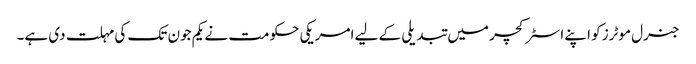
جنرل موٹرز کو اپنے اسٹرکچر میں تبدیلی کے لیے امریکی حکومت نے یکم جون تک کی مہلت دی ہے۔